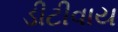
ડીટીવાય